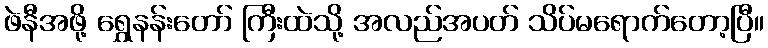
ဖဲနီအဖို့ ရွှေနန်းတော် ကြီးထဲသို့ အလည်အပတ် သိပ်မရောက်တော့ပြီ။